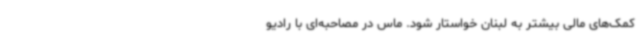
کمک‌های مالی بیشتر به لبنان خواستار شود. ماس در مصاحبه‌ای با رادیو